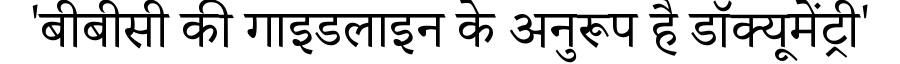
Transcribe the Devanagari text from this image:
'बीबीसी की गाइडलाइन के अनुरूप है डॉक्यूमेंट्री'